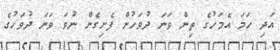
އަދި ހަމަ އެމަހުގެ ތިން ވަނަ ދުވަހުން ފެށިގެން ނުވަ ވަނަ ދުވަހުގެ